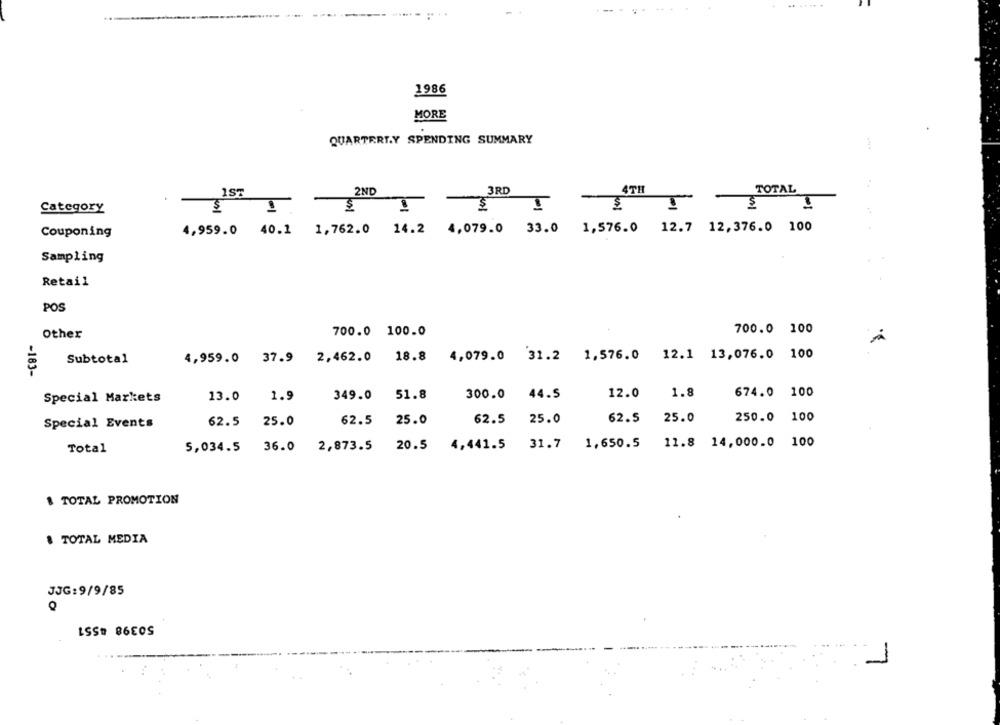
.. ......
1986
MORE
QUARTERLY SPENDING SUMMARY
4TH
TOTAL
2ND
3RD
.
-
-
-
-
-
Category
$ 1.
$
1
4,959.0 40.1 1,762.0 14.2 4,079.0 33.0 1,576.0 12.7 12,376.0 100
Couponing
Sampling
Retail
POS
Other
700.0 100.0
700.0 100
1,576.0 12.1 13,076.0 100
Subtotal
4,959.0 37.9 2,462.0 18.8
4,079.0 31.2
-183-
674.0
100
Special Markets
1.9
349.0 51.8
300.0 44.5
12.0
1.8
13.0
62.5
25.0
25.0
62.5
25.0
250.0
100
Special Events
62.5
25.0
62.5
Total
5,034.5 36.0
2,873.5
20.5
4,441.5 31.7
1,650.5
11.8 14,000.0 100
& TOTAL PROMOTION
& TOTAL MEDIA
JJG:9/9/85
Q
50398 #551